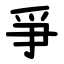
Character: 爭